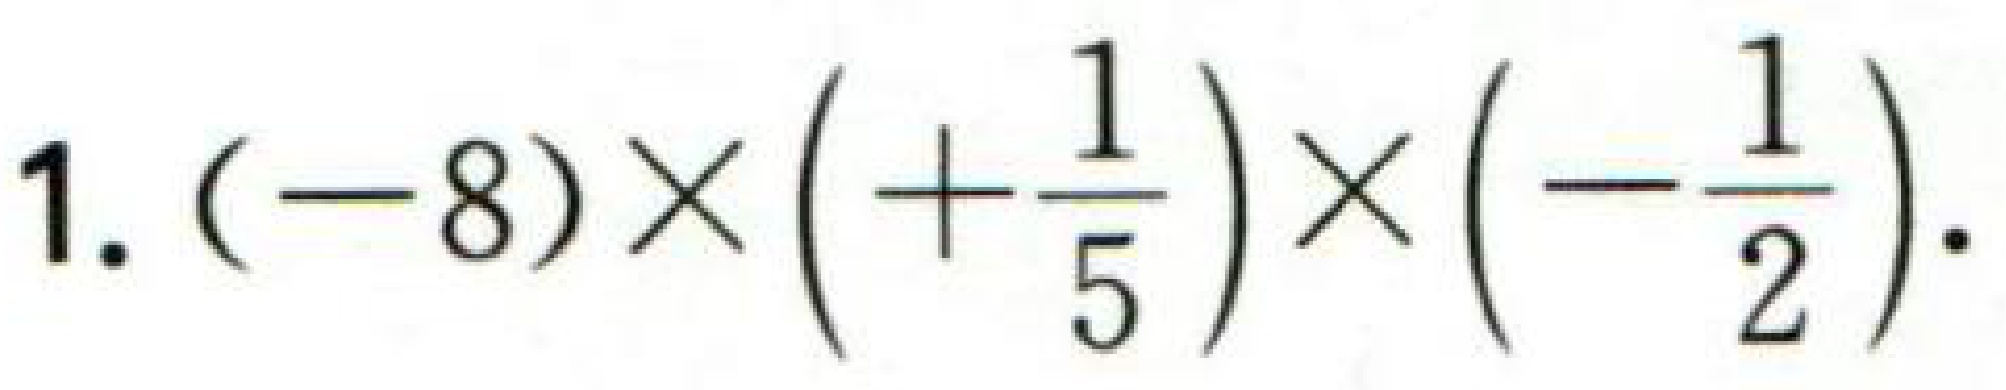
1. \((-8)\times\left(+\frac{1}{5}\right)\times\left(-\frac{1}{2}\right)\).